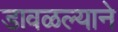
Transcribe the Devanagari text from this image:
डावळल्याने